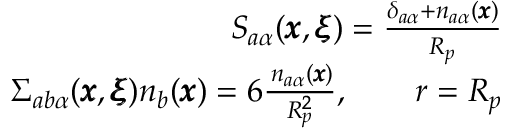
\begin{array} { r l r } & { } & { { S _ { a \alpha } ( { \pmb x } , { \pmb \xi } ) } = \frac { \delta _ { a \alpha } + n _ { a \alpha } ( { \pmb x } ) } { R _ { p } } } \\ & { } & { \Sigma _ { a b \alpha } ( { \pmb x } , { \pmb \xi } ) n _ { b } ( { \pmb x } ) = 6 \frac { \, n _ { a \alpha } ( { \pmb x } ) } { R _ { p } ^ { 2 } } , \qquad r = R _ { p } } \end{array}